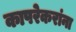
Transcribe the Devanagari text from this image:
कापरेकरांना